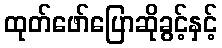
ထုတ်ဖော်ပြောဆိုခွင့်နှင့်